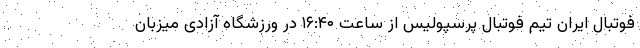
فوتبال ایران تیم فوتبال پرسپولیس از ساعت ۱۶:۴۰ در ورزشگاه آزادی میزبان